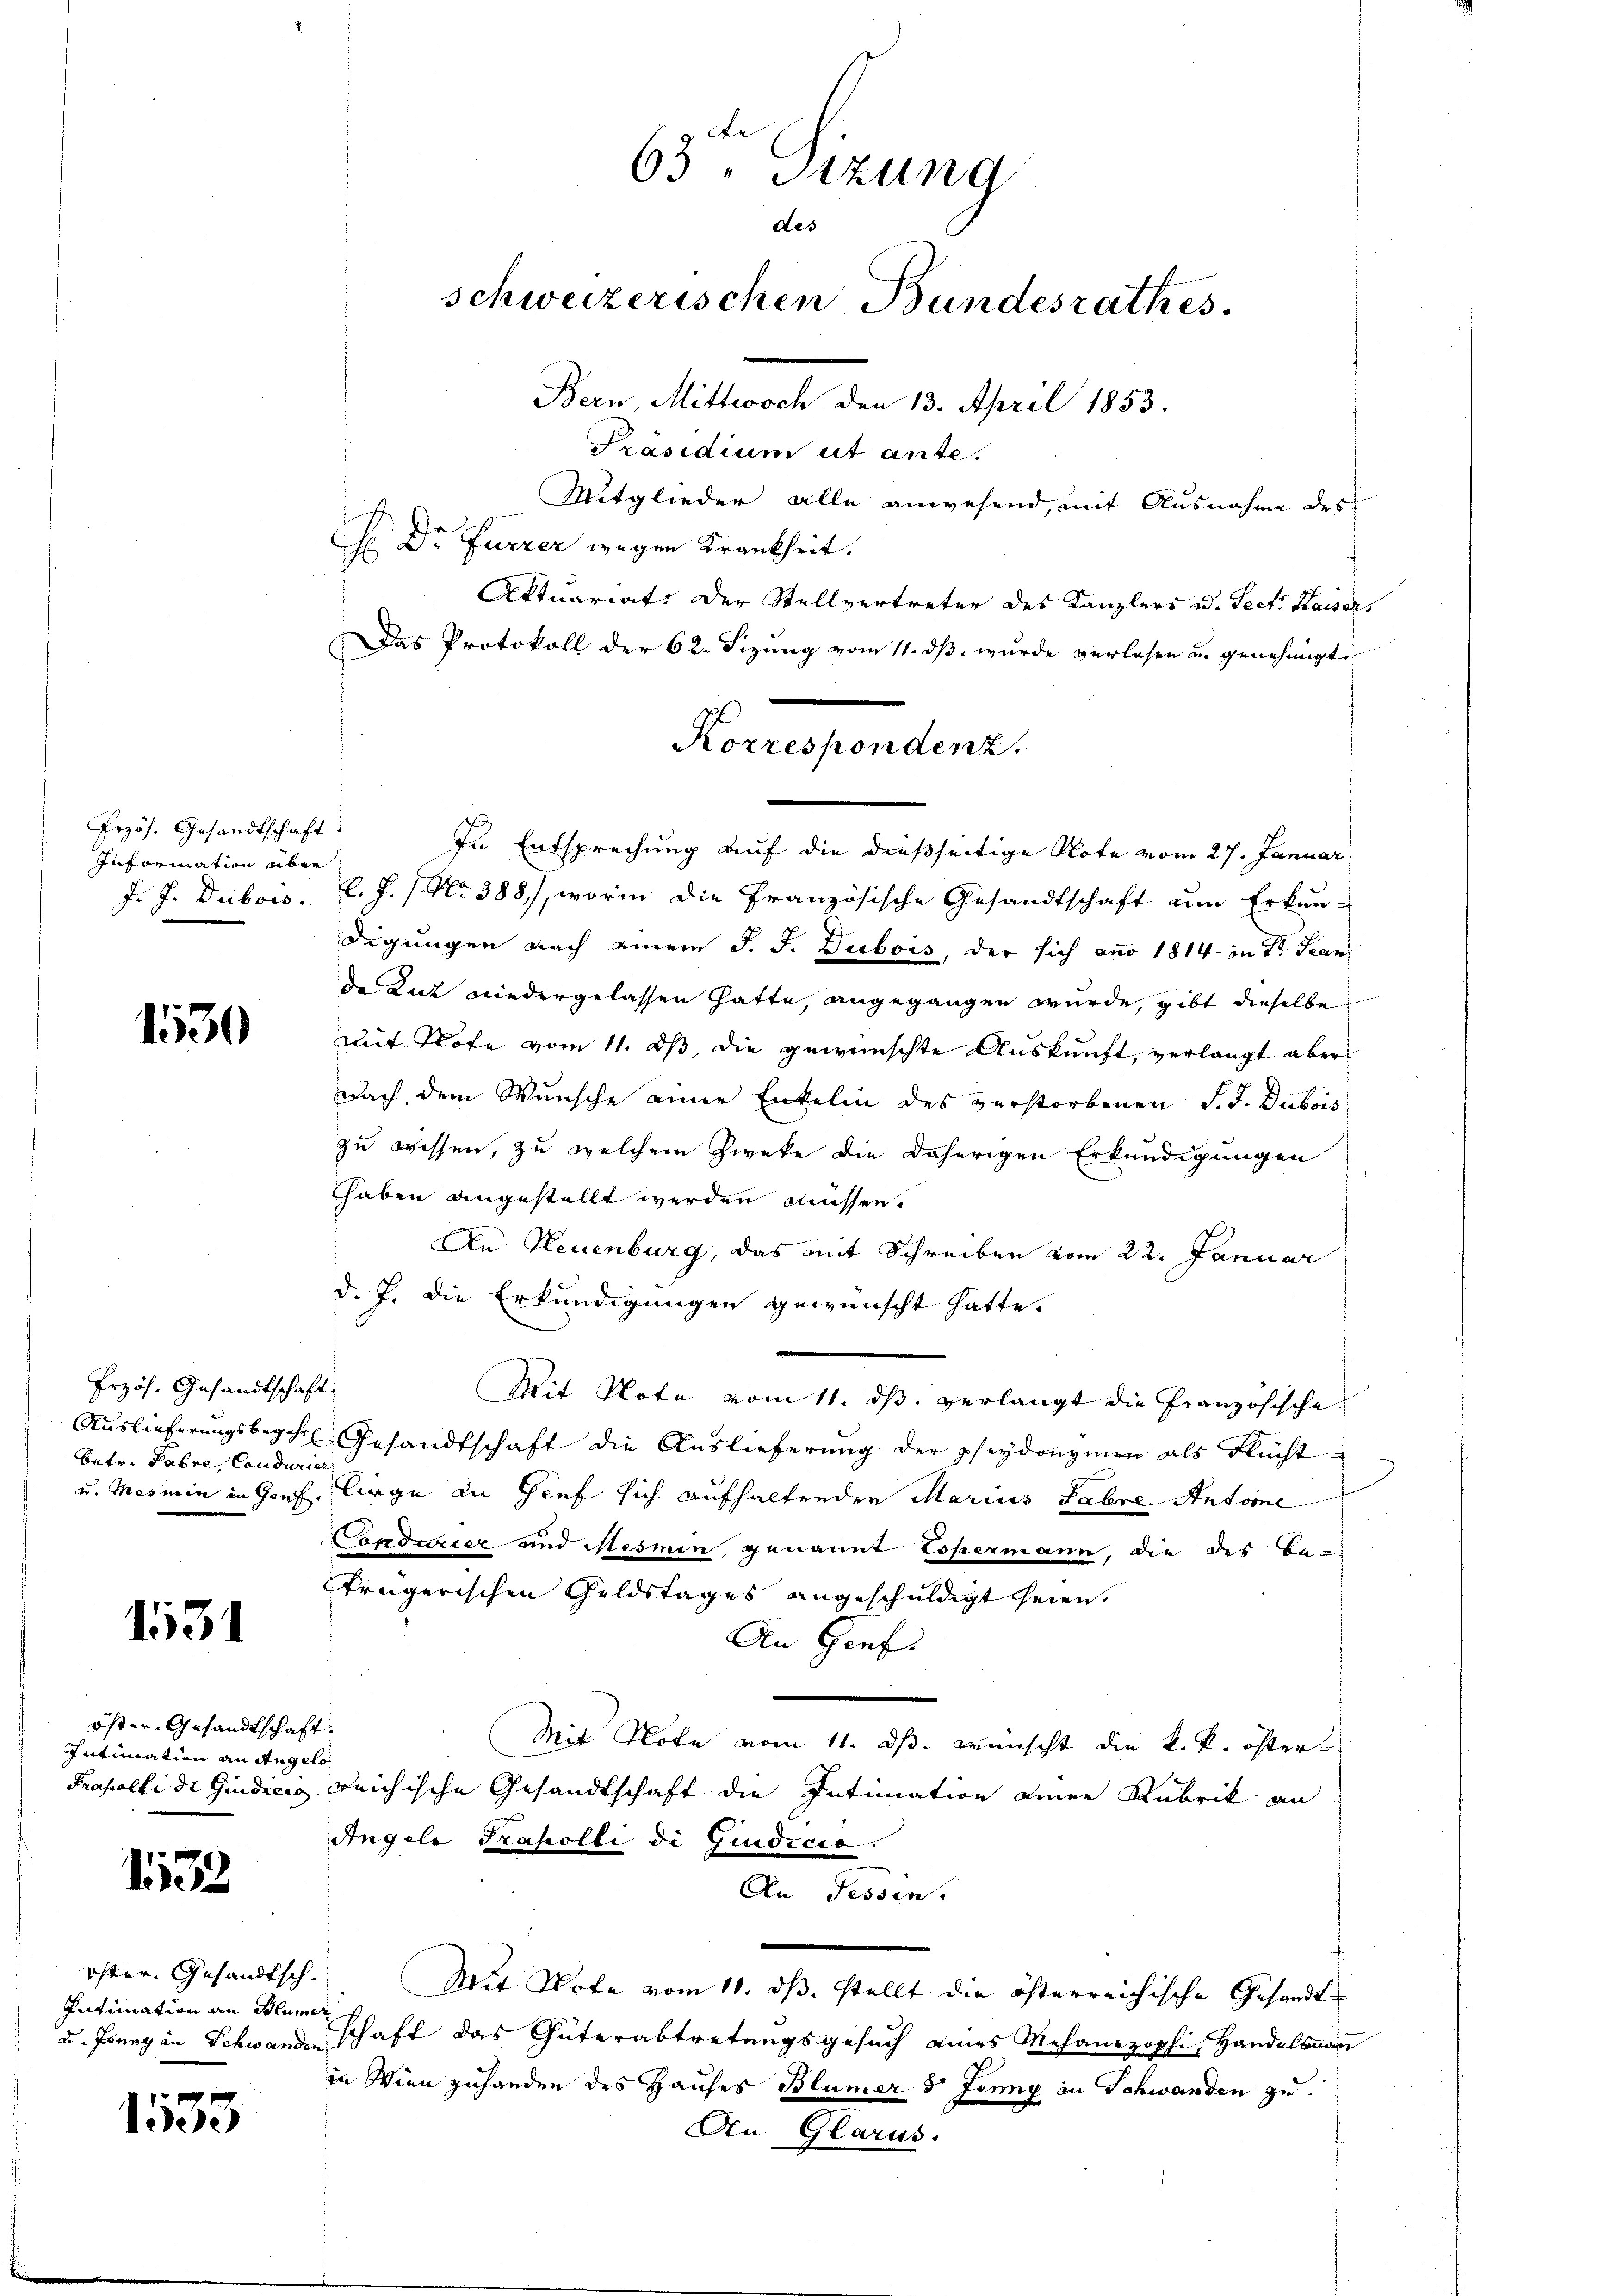
1530

1531

öster Gesandtschaft.
Intimation an Angelo

1132

öster. Gesandtsch
Intimation an Schlum
de Jenny an Schwander

1533

Przös. Gesandtschaft:
Information aber
J. J. Dubois.

Przös. Gesandtschaft
batr. Jahre, Condurier

Das Protokoll der 62. Sizung vom 11. dß wurde verlesen u. genehmigte
In Entsprechung auf die dießseitige Note vom 27. Januar
l. J. No 388, worin die Französische Gesandtschaft um Erkun-
digungen nach einem J. J. Dubois, der sich anno 1814 in der Fran
da Lut wiedergelassen hatte, angegangen wurde, gibt dieselbe
mit Note vom 11. ds, die gewünschte Auskunft, verlangt aber
nach dem Wunsche einer Enkelin des verstorbenen S. J. Dubois
zu wissen, zu welchem Zweke die daherigen Erkundigungen
haben angestellt werden müssen.
An Neuenburg, das mit Schreiben vom 22. Januar
d. J. die Erkundigungen gewünscht hatte.
Mit Note vom 11. ds. verlangt die Französische
Auslieferungsbegehre Gesandtschaft die Auslieferung der pseydonzien als Flücht
u. Mesmin in Genf, liege an Gief sich aufhaltenden Marius Fahre Antoine
Conditier und Mesmin genannt Espermann, die des be-
trügerischen Geldstages angeschuldigt seien.
An Genf
Mit Note vom 11. ds. wünscht die k. k. öster-
Prapelli di Giudicio reichische Gesandtschaft die Intimation einer Rubrik an
Angele Trafolli di Giudicio.
An Tessin.
.
Mit Note vom 11. ds. stellt die österreichische Gesandte
ver
schaft das Güterabtretungsgesuch eines Mechanezophi, Handelsman
in Wien zuhanden des Hauses Blümer d. Jenny in Schwanden zu

Le
63 "Sizung
des
schweizerischen Bundesrathes.
Bern, Mittwoch den 13. April 1853.
Präsidium ut ante.
Mitglieder alle anwesend, mit Ausnahme des
H Dr. Furrer wegen Krankheit.
Aktuariat. Der Stellvertreter des Kanzlers u. Sect. Kaisers

Korrespondenz.

Glarus.